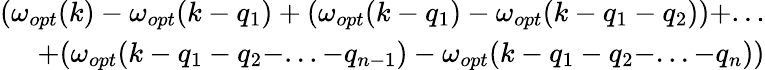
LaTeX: \begin{array}{r}{(\omega_{opt}(k)-\omega_{opt}(k-q_{1})+(\omega_{opt}(k-q_{1})-\omega_{opt}(k-q_{1}-q_{2}))+...}\\ {+(\omega_{opt}(k-q_{1}-q_{2}-...-q_{n-1})-\omega_{opt}(k-q_{1}-q_{2}-...-q_{n}))}\end{array}